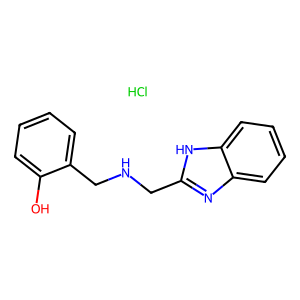
SMILES: Cl.Oc1ccccc1CNCc1nc2ccccc2[nH]1
Inhibits HIV replication: No